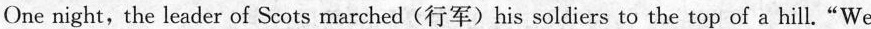
Onenight,the leader of Scots marched (行军) his soldiers to the top of a hill."We